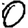
Digit: 0